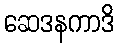
ဆေဒနကာဒိ